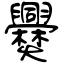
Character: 爨